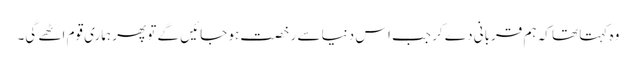
وہ کہتا تھا کہ ہم قربانی دے کر جب اس دنیا سے رخصت ہو جائیں گے تو پھر ہماری قوم اٹھے گی۔